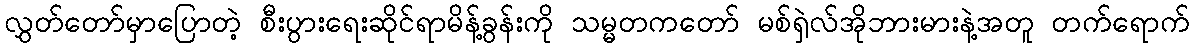
လွှတ်တော်မှာပြောတဲ့ စီးပွားရေးဆိုင်ရာမိန့်ခွန်းကို သမ္မတကတော် မစ်ရှဲလ်အိုဘားမားနဲ့အတူ တက်ရောက်